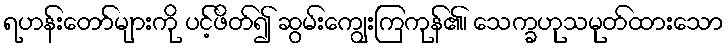
ရဟန်းတော်များကို ပင့်ဖိတ်၍ ဆွမ်းကျွေးကြကုန်၏၊ သေက္ခဟုသမုတ်ထားသော